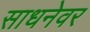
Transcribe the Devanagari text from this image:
साधनेवर